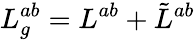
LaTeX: L_{g}^{ab}=L^{ab}+\tilde{L}^{ab}